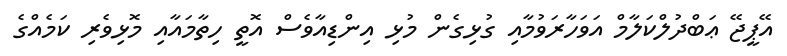
އޭޕީޖޭ ޢަބްދުލްކަލާމް އަވަހާރަވުމާއި ގުޅިގެން މުޅި އިންޑިއާވެސް އޮތީ ހިތާމައާއި މޮޅިވެރި ކަމެއްގެ